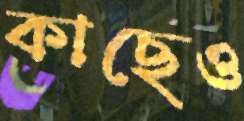
কাছেও